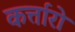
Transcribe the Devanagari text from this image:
कर्त्तारो